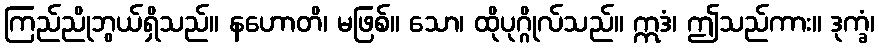
ကြည်ညိုဘွယ်ရှိသည်။ နဟောတိ၊ မဖြစ်။ သော၊ ထိုပုဂ္ဂိုလ်သည်။ ဣဒံ၊ ဤသည်ကား။ ဒုက္ခံ၊